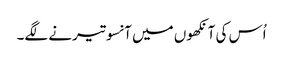
اُس کی آنکھوں میں آنسو تیرنے لگے۔